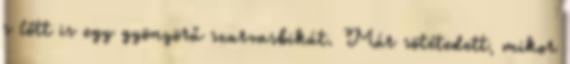
s lőtt is egy gyönyörű szar­­vasbikát. Már sötétedett, mikor